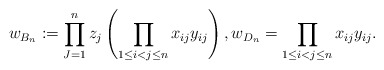
\begin{gather*} w_{B_{n}}:= \prod_{J=1}^{n} z_j \left(\prod_{1 \le i < j \le n} x_{ij} y_{ij}\right),w_{D_{n}}= \prod_{1 \le i < j \le n} x_{ij} y_{ij}.\end{gather*}